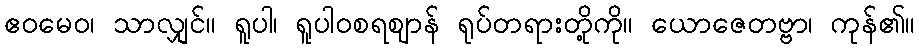
ဧဝမေဝ၊ သာလျှင်။ ရူပါ၊ ရူပါဝစရဈာန် ရုပ်တရားတို့ကို။ ယောဇေတဗ္ဗာ၊ ကုန်၏။